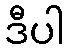
ဒီပါ